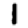
Digit: 1